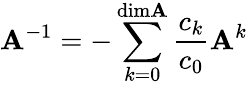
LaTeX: \mathbf{A}^{-1}=-\sum_{k=0}^{\mathrm{{dim}}\mathbf{A}}\frac{{c_{k}}}{{c_{0}}}\mathbf{A}^{k}